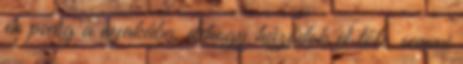
én pedig a nyakába, dehogy húzódok el tőle, semmi